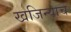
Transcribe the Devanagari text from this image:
खजिन्याचे